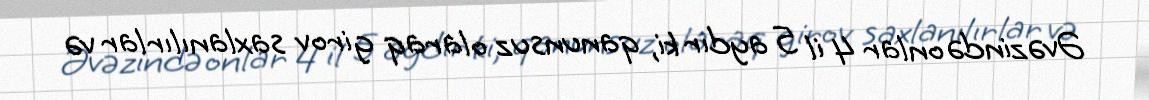
Əvəzində onlar 4 il 5 aydır ki, qanunsuz olaraq girov saxlanılırlar və